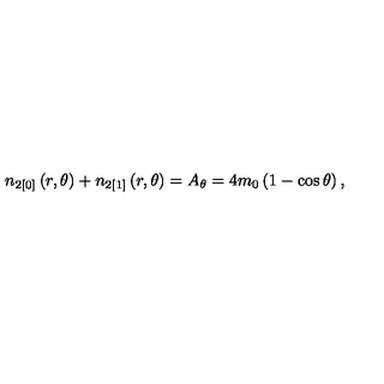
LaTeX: n _ { 2 [ 0 ] } \left( r , \theta \right) + n _ { 2 [ 1 ] } \left( r , \theta \right) = A _ { \theta } = 4 m _ { 0 } \left( 1 - \cos \theta \right) ,